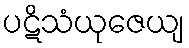
ပဋိသံယုဇေယျ